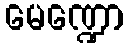
မေဏ္ဍော